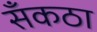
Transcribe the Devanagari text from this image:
सँकठा